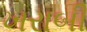
ખરાબી